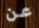
عن